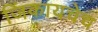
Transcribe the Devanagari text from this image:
जिंकायचेच